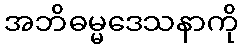
အဘိဓမ္မဒေသနာကို